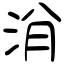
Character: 洕